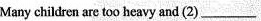
Many children are too heavy and (2)___